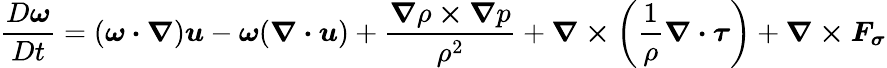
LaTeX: \frac{D\boldsymbol{\omega}}{Dt}=(\boldsymbol{\omega\cdot\nabla})\boldsymbol{u}-\boldsymbol{\omega}(\boldsymbol{\nabla\cdot u})+\frac{\boldsymbol{\nabla}\rho\boldsymbol{\times\nabla}p}{\rho^{2}}+\boldsymbol{\nabla\times}\bigg(\frac{1}{\rho}\boldsymbol{\nabla\cdot\tau}\bigg)+\boldsymbol{\nabla\times F_{\sigma}}